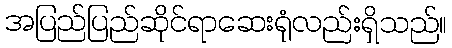
အပြည်ပြည်ဆိုင်ရာဆေးရုံလည်းရှိသည်။